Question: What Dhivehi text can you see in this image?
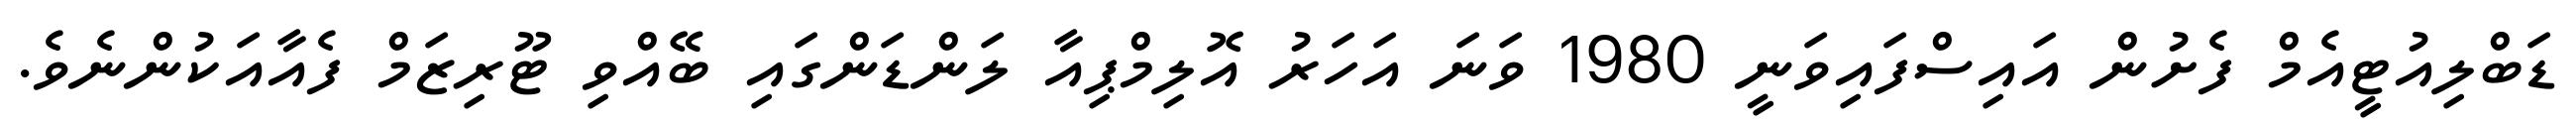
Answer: ޑަބްލިއުޓީއެމް ފެށުން އައިސްފައިވަނީ 1980 ވަނަ އަހަރު އޮލިމްޕިއާ ލަންޑަންގައި ބޭއްވި ޓޫރިޒަމް ފެއާއަކުންނެވެ.